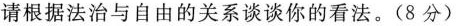
请根据法治与自由的关系谈谈你的看法。(8分)